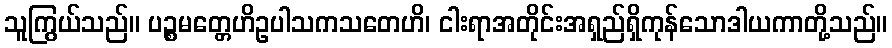
သူကြွယ်သည်။ ပဉ္စမတ္တေဟိဥပါသကသတေဟိ၊ ငါးရာအတိုင်းအရှည်ရှိကုန်သောဒါယကာတို့သည်။